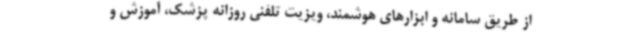
از طریق سامانه و ابزارهای هوشمند، ویزیت تلفنی روزانه پزشک، آموزش و